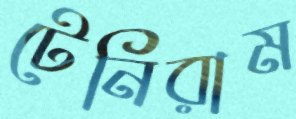
টেনিরাম